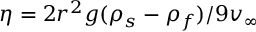
\eta = 2 r ^ { 2 } g ( \rho _ { s } - \rho _ { f } ) / 9 v _ { \infty }